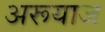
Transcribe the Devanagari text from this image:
अरूयाज